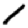
Digit: 1